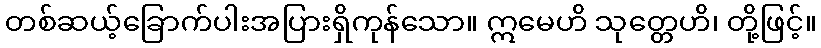
တစ်ဆယ့်ခြောက်ပါးအပြားရှိကုန်သော။ ဣမေဟိ သုတ္တေဟိ၊ တို့ဖြင့်။